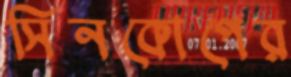
সিনকোপের